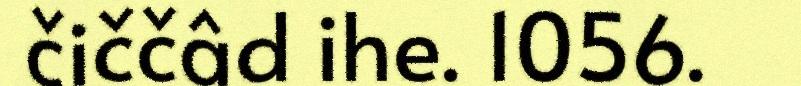
čiččâd ihe. 1056.